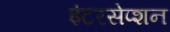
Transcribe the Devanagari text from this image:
इंटरसेप्शन